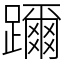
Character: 躎